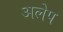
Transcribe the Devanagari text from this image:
अलेप